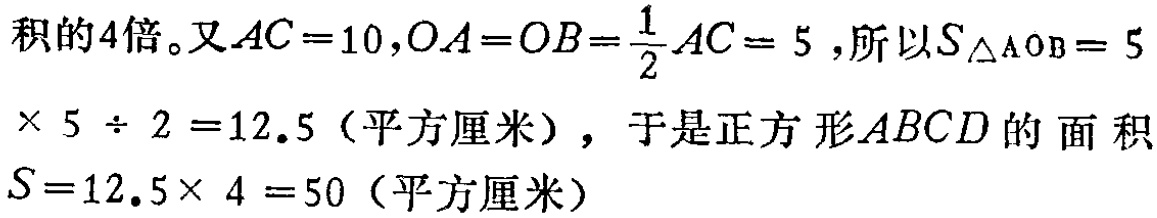
积的4倍。又\(AC = 10,OA = OB=\frac{1}{2}AC = 5\)，所以\(S_{\triangle AOB}=5\times 5\div 2 = 12.5\)（平方厘米），于是正方形\(ABCD\)的面积\(S = 12.5\times 4 = 50\)（平方厘米）